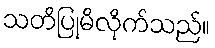
သတိပြုမိလိုက်သည်။